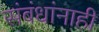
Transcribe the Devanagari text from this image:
संबंधांनाही